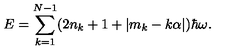
E = \sum _ { k = 1 } ^ { N - 1 } ( 2 n _ { k } + 1 + | m _ { k } - k \alpha | ) \hbar \omega .